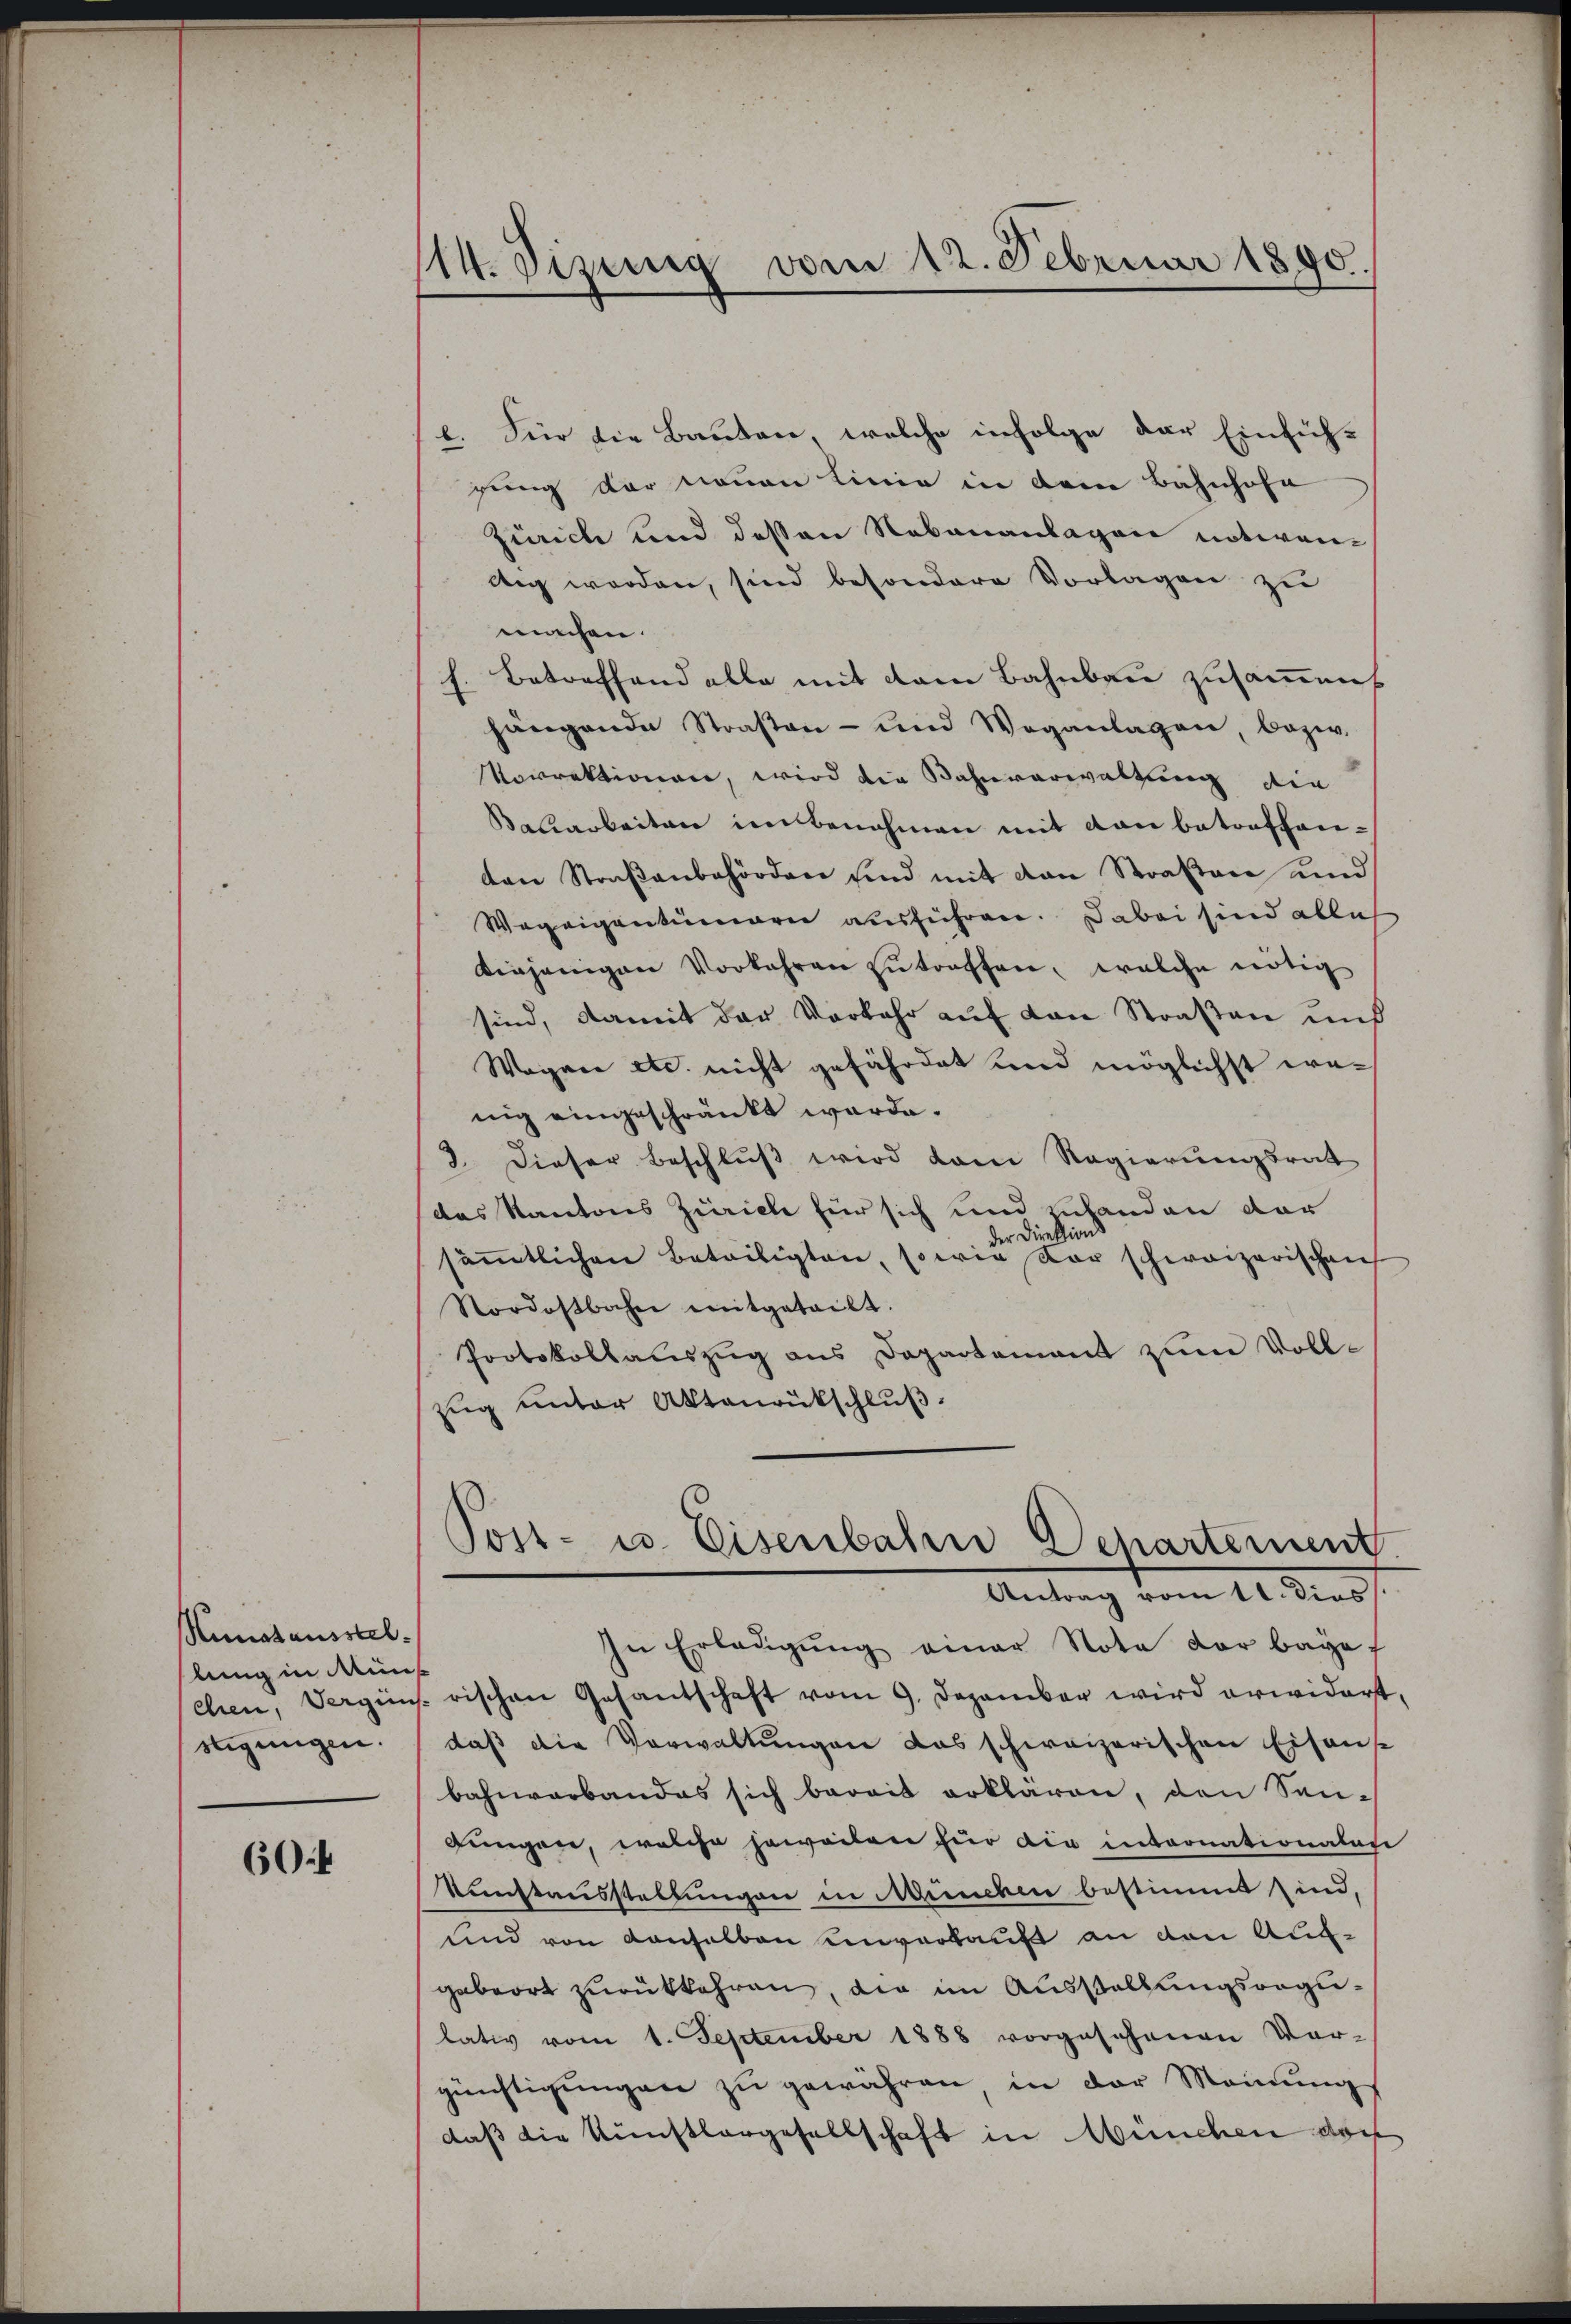
Hunatausstellung in Mein
stigungen.

604

(14. Sizung vom 12. Februar 1890.

e. Für die Bauten, welche infolge der Einfühgung der neuen Linie in dem Bahnhofa
Zürich und dessen Nebenanlagen notevan-
dig werden, sind besondere Vorlagen zu
machen.
Betreffend alle mit dem Bahnbau zusammens
hängende Straßen- und Weganlagen, bezw.
Morrektionen, wird die Bahnverwaltung die
Kalarbeiten im benahmen mit den betroffenten Straβenbehörden sind mit von Straβen und
Wegeigentümern ausführen. Dabei sind ableh
diejenigen Vorkehren zutreffen, welche nötig
sind, damit der Vorkehr auf von Straßen und
Wagen etc. nicht gefährdet und möglichst wenig eingeschränkt werde.
2 dieser Beschlŭβ wird dem Regierungsrat
das Kantons Zürich für sich und zulanden der
der Direktions
säṁtlichen Beteiligten, sowie der schweizerischen
Nordostbahn mitgeteilt.
Protokollauszug aus Departement zum Vollzug unter Aktenrutschluß.

Post- u. Eisenbahn Departement
Antrag vom 11. dies
In Erledigung einer Nota der baye

chen, Vergins rischen Gesantschaft vom 9. Dezember wird erwidert,
daß die Verwaltungen das schweizerischen Eisense
bahnverbandes sich bereit erklären, den Son-
Jungen, welche jeweilen für die internationalause
Kunstausstellungen in München bestimmt sind,
und von denselben unverkauft an den Auggabeort zurükkehren, die im Ausstellungsvogulativ vom 1. September 1888 vorgesehenen Ver-
günstigungen zu gewähren, in der Meinungs
daß die Künstlergesellschaft in München darf